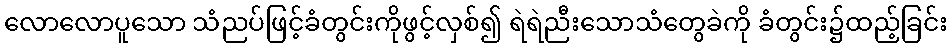
လောလောပူသော သံညပ်ဖြင့်ခံတွင်းကိုဖွင့်လှစ်၍ ရဲရဲညီးသောသံတွေခဲကို ခံတွင်း၌ထည့်ခြင်း